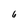
Character: 6